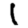
Digit: 1